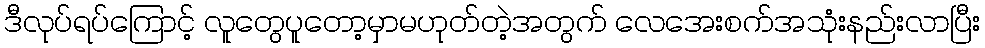
ဒီလုပ်ရပ်ကြောင့် လူတွေပူတော့မှာမဟုတ်တဲ့အတွက် လေအေးစက်အသုံးနည်းလာပြီး